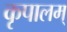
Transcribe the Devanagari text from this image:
कृपालम्